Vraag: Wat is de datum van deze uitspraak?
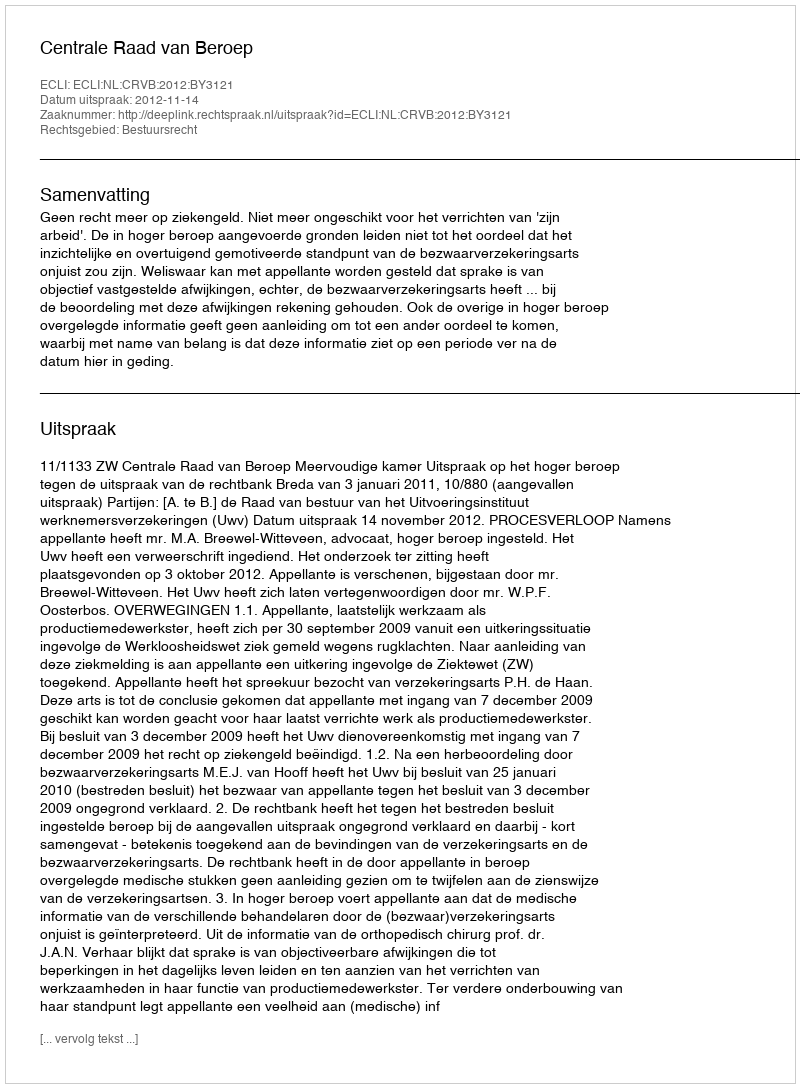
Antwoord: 2012-11-14